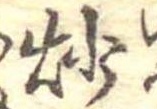
炒